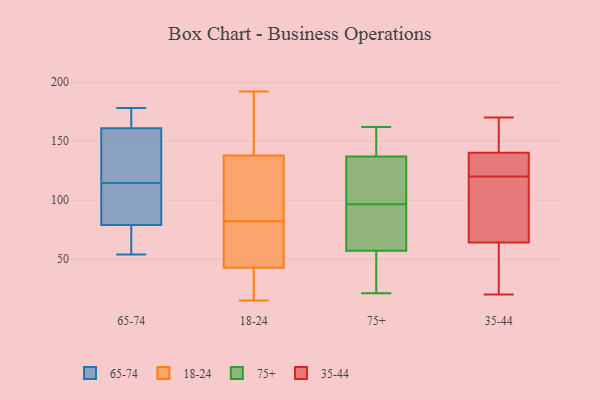
{"axis": {"x": "Budget (USD K)", "y": "Value"}, "legend": ["18-24", "35-44", "65-74", "75+"], "data": [{"x": "", "y": 94, "type": "65-74"}, {"x": "", "y": 95, "type": "65-74"}, {"x": "", "y": 168, "type": "65-74"}, {"x": "", "y": 134, "type": "65-74"}, {"x": "", "y": 70, "type": "65-74"}, {"x": "", "y": 156, "type": "65-74"}, {"x": "", "y": 178, "type": "65-74"}, {"x": "", "y": 161, "type": "65-74"}, {"x": "", "y": 54, "type": "65-74"}, {"x": "", "y": 79, "type": "65-74"}, {"x": "", "y": 15, "type": "18-24"}, {"x": "", "y": 16, "type": "18-24"}, {"x": "", "y": 148, "type": "18-24"}, {"x": "", "y": 57, "type": "18-24"}, {"x": "", "y": 38, "type": "18-24"}, {"x": "", "y": 64, "type": "18-24"}, {"x": "", "y": 119, "type": "18-24"}, {"x": "", "y": 82, "type": "18-24"}, {"x": "", "y": 144, "type": "18-24"}, {"x": "", "y": 192, "type": "18-24"}, {"x": "", "y": 89, "type": "18-24"}, {"x": "", "y": 93, "type": "75+"}, {"x": "", "y": 27, "type": "75+"}, {"x": "", "y": 57, "type": "75+"}, {"x": "", "y": 111, "type": "75+"}, {"x": "", "y": 100, "type": "75+"}, {"x": "", "y": 162, "type": "75+"}, {"x": "", "y": 138, "type": "75+"}, {"x": "", "y": 21, "type": "75+"}, {"x": "", "y": 137, "type": "75+"}, {"x": "", "y": 67, "type": "75+"}, {"x": "", "y": 165, "type": "35-44"}, {"x": "", "y": 20, "type": "35-44"}, {"x": "", "y": 122, "type": "35-44"}, {"x": "", "y": 52, "type": "35-44"}, {"x": "", "y": 85, "type": "35-44"}, {"x": "", "y": 24, "type": "35-44"}, {"x": "", "y": 85, "type": "35-44"}, {"x": "", "y": 153, "type": "35-44"}, {"x": "", "y": 136, "type": "35-44"}, {"x": "", "y": 68, "type": "35-44"}, {"x": "", "y": 120, "type": "35-44"}, {"x": "", "y": 170, "type": "35-44"}, {"x": "", "y": 126, "type": "35-44"}]}